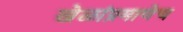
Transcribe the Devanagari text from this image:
खेळांप्रमाणेच